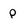
Character: P